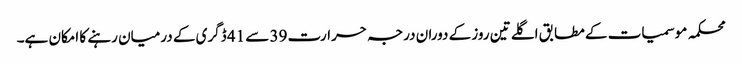
محکمہ موسمیات کے مطابق اگلے تین روز کے دوران درجہ حرارت 39 سے 41 ڈگری کے درمیان رہنے کا امکان ہے۔